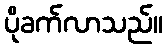
ပိုခက်လာသည်။